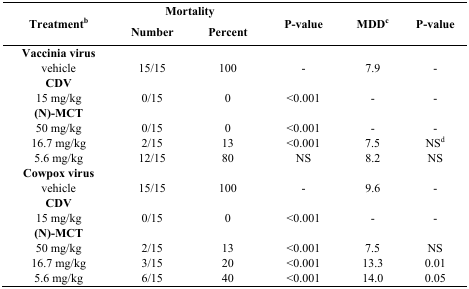
<table><thead><tr><td rowspan="2"><b>Treatment<sup>b</sup></b></td><td colspan="2"><b>Mortality</b></td><td rowspan="2"><b>P-value</b></td><td rowspan="2"><b>MDD<sup>c</sup></b></td><td rowspan="2"><b>P-value</b></td></tr><tr><td><b>Number</b></td><td><b>Percent</b></td></tr></thead><tbody><tr><td><b>Vaccinia virus</b></td><td></td><td></td><td></td><td></td><td></td></tr><tr><td>vehicle</td><td>15/15</td><td>100</td><td>-</td><td>7.9</td><td>-</td></tr><tr><td><b>CDV</b></td><td></td><td></td><td></td><td></td><td></td></tr><tr><td>15 mg/kg</td><td>0/15</td><td>0</td><td>&lt;0.001</td><td>-</td><td>-</td></tr><tr><td><b>(N)-MCT</b></td><td></td><td></td><td></td><td></td><td></td></tr><tr><td>50 mg/kg</td><td>0/15</td><td>0</td><td>&lt;0.001</td><td>-</td><td>-</td></tr><tr><td>16.7 mg/kg</td><td>2/15</td><td>13</td><td>&lt;0.001</td><td>7.5</td><td>NS<sup>d</sup></td></tr><tr><td>5.6 mg/kg</td><td>12/15</td><td>80</td><td>NS</td><td>8.2</td><td>NS</td></tr><tr><td><b>Cowpox virus</b></td><td></td><td></td><td></td><td></td><td></td></tr><tr><td>vehicle</td><td>15/15</td><td>100</td><td>-</td><td>9.6</td><td>-</td></tr><tr><td><b>CDV</b></td><td></td><td></td><td></td><td></td><td></td></tr><tr><td>15 mg/kg</td><td>0/15</td><td>0</td><td>&lt;0.001</td><td>-</td><td>-</td></tr><tr><td><b>(N)-MCT</b></td><td></td><td></td><td></td><td></td><td></td></tr><tr><td>50 mg/kg</td><td>2/15</td><td>13</td><td>&lt;0.001</td><td>7.5</td><td>NS</td></tr><tr><td>16.7 mg/kg</td><td>3/15</td><td>20</td><td>&lt;0.001</td><td>13.3</td><td>0.01</td></tr><tr><td>5.6 mg/kg</td><td>6/15</td><td>40</td><td>&lt;0.001</td><td>14.0</td><td>0.05</td></tr></tbody></table>